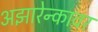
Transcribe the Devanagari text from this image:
अझारेन्कावर